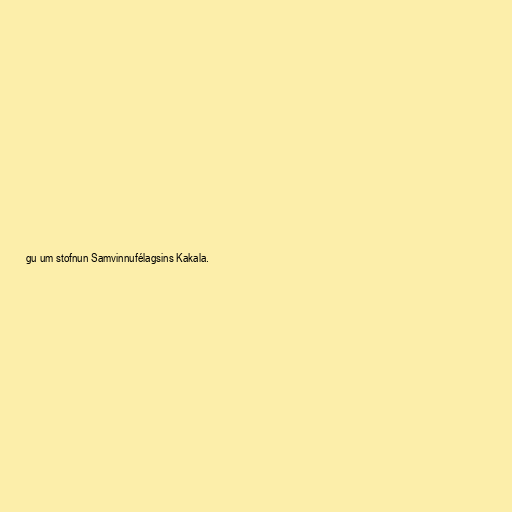
gu um stofnun Samvinnufélagsins Kakala.